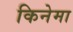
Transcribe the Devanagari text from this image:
किनेमा